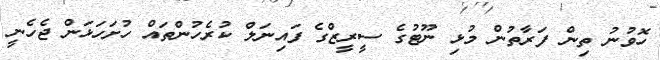
ހޮވުނު ތިން ފަރާތުން މުޅި ނޫޓުގެ ސީރީޒްގެ ފައިނަލް ކުރެހުންތައް ހުށަހަޅަން ޖެހެނީ